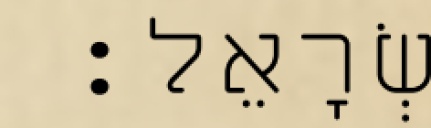
יִשְׂרָאֵל׃